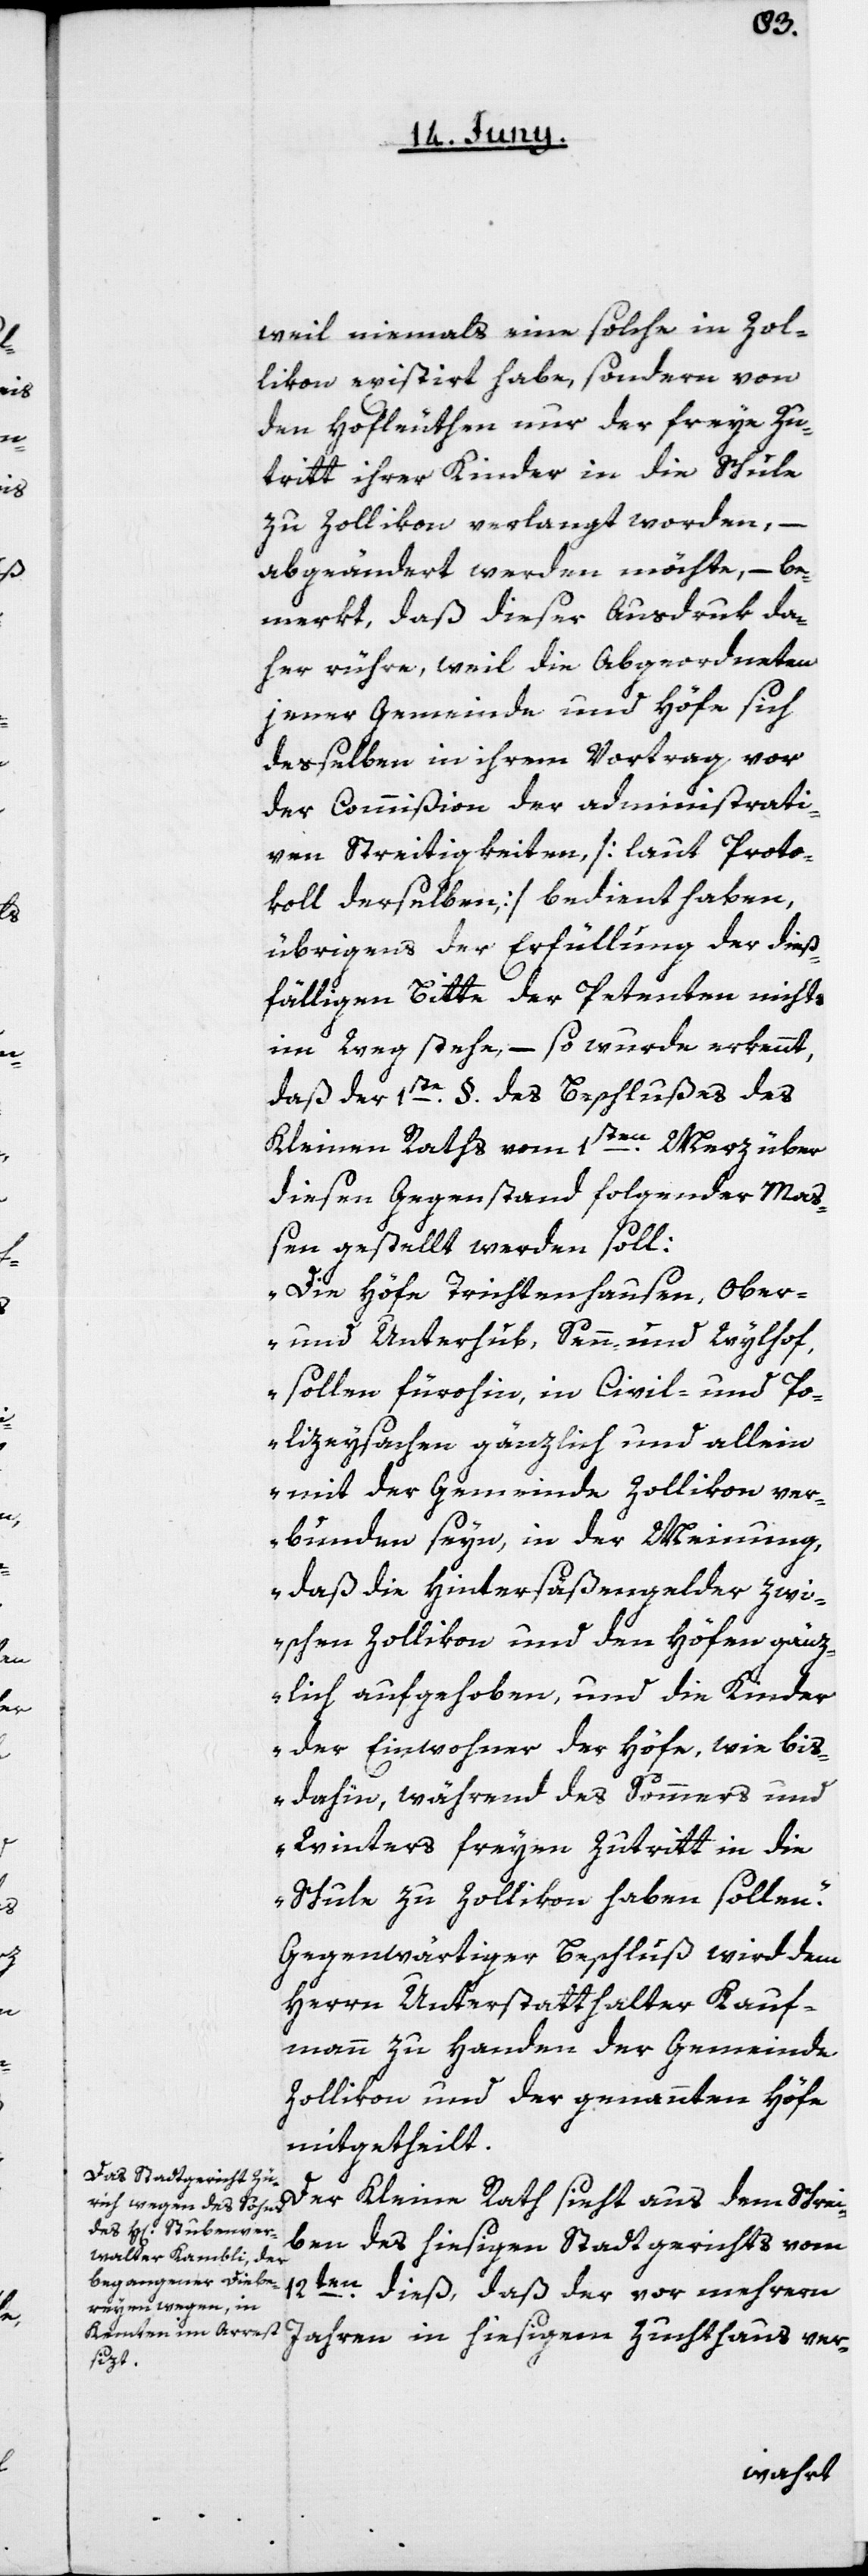
weil niemals eine solche in Zol¬
likon existirt habe, sondern von
den Hofleuthen nur der freye Zu¬
tritt ihrer Kinder in die Schule
zu Zollikon verlangt worden, –
abgeändert werden möchte, – be¬
merkt, daß dieser Ausdruk da¬
her rühre, weil die Abgeordneten
jener Gemeinde und Höfe sich
desselben in ihrem Vortrag vor
der Commißion der administrati¬
ven Streitigkeiten [laut Proto¬
koll derselben] bedient haben,
übrigens der Erfüllung der dieß¬
fälligen Bitte der Petenten nichts
im Weg stehe, – so wurde erkennt,
daß der 1ste §. des Beschlußes des
Kleinen Raths vom 1sten Merz über
diesen Gegenstand folgender Maß¬
en gestellt werden soll:
„Die Höfe Trichtenhausen, Ober-
und Unterhub, Senn- und Wylhof,
sollen fürohin, in Civil- und Po¬
lizeysachen gänzlich und allein
mit der Gemeinde Zollikon ver¬
bunden seyn, in der Meinung,
daß die Hintersäßengelder zw¬
ischen Zollikon und den Höfen gänz¬
lich aufgehoben, und die Kinder
der Einwohner der Höfe, wie bis¬
dahin, während des Sommers und
Winters freyen Zutritt in die
Schule zu Zollikon haben sollen.“
Gegenwärtiger Beschluß wird dem
Herrn Unterstatthalter Kauf¬
mann zu Handen der Gemeinde
Zollikon und der genannten Höfe
mitgetheilt.
Der Kleine Rath sieht aus dem Schrei¬
ben des hiesigen Stadtgerichts vom
12ten dieß, daß der vor mehrern